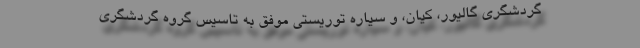
گردشگری گالیور، کیان، و سیاره توریستی موفق به تاسیس گروه گردشگری